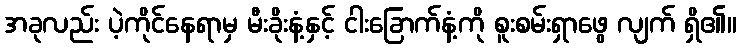
အခုလည်း ပဲ့ကိုင်နေရာမှ မီးခိုးနံ့နှင့် ငါးခြောက်နံ့ကို စူးစမ်းရှာဖွေ လျက် ရှိ၏။